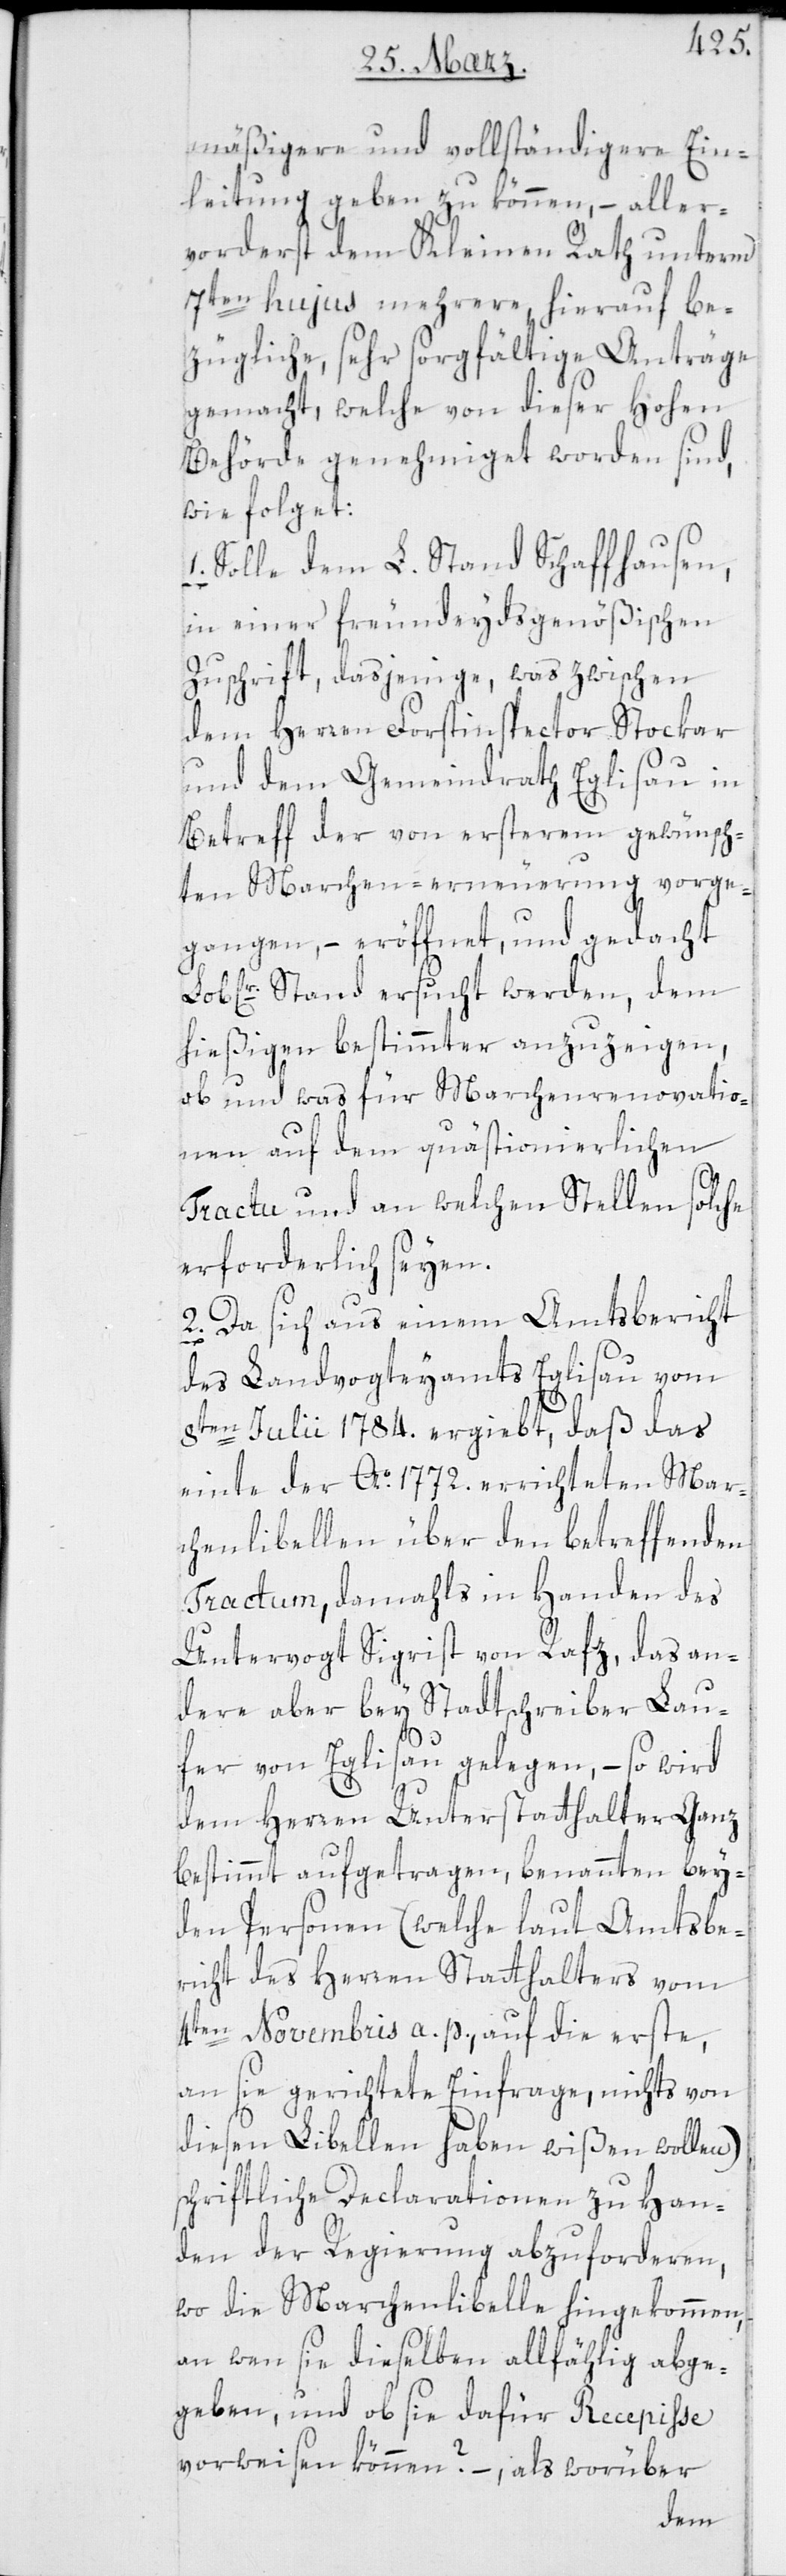
mäßigere und vollständigere Ein¬
leitung geben zu können, – aller¬
vorderst dem Kleinen Rath unterm
7ten hujus mehrere hierauf be¬
zügliche, sehr sorgfältige Anträge
gemacht, welche von dieser Hohen
Behörde genehmiget worden sind,
wie folget:
Solle dem L. Stand Schaffhausen,
in einer freundeydsgenößischen
Zuschrift, dasjenige, was zwischen
dem Herren Forstinspector Stockar
und dem Gemeindrath Eglisau in
Betreff der von ersterem gewünsch¬
ten Marchen-erneuerung vorge¬
gangen, – eröffnet, und gedacht
Stand ersucht werden, dem
hießigen bestimmter anzuzeigen,
ob und was für Marchenrenovatio¬
nen auf dem quästionierlichen
Tractu und an welchen Stellen solche
erforderlich seyen.
2. Da sich aus einem Amtsbericht
des Landvogteyamts Eglisau vom
8ten Julii 1784. ergiebt, daß das
einte der Ao. 1772. errichteten Mar¬
chenlibellen über den betreffenden
Tractum, damahls in Handen des
Untervogt Sigrist von Rafz, das an¬
dere aber bey Stadtschreiber Lau¬
fer von Eglisau gelegen, – so wird
1.
dem Herren Unterstatthalter Ganz
bestimmt aufgetragen, benannten bey¬
den Personen (welche laut Amtsbe¬
richt des Herren Statthalters vom
4ten Novembris a. p. auf die erste,
an sie gerichtete Einfrage, nichts von
diesen Libellen haben wißen wollen),
schriftliche Declarationen zu Han¬
den der Regierung abzuforderen,
wo die Marchenlibelle hingekommen,
an wen sie dieselben allfällig abge¬
geben, und ob sie dafür Recepiße
vorweisen können? – als worüber